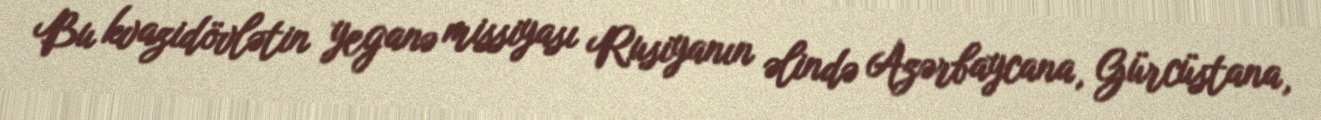
Bu kvazidövlətin yeganə missiyası Rusiyanın əlində Azərbaycana, Gürcüstana,